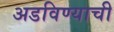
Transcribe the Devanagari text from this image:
अडविण्याची